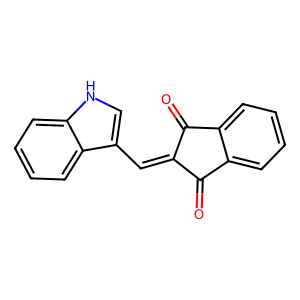
SMILES: O=C1C(=Cc2c[nH]c3ccccc23)C(=O)c2ccccc21
Inhibits HIV replication: No